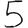
Digit: 5